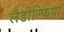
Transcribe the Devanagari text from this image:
लैडोल्फिया